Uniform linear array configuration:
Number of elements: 32
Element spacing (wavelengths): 1
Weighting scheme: blackman
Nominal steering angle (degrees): -30
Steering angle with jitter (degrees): -31.587
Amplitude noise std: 0.05
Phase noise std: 0.05

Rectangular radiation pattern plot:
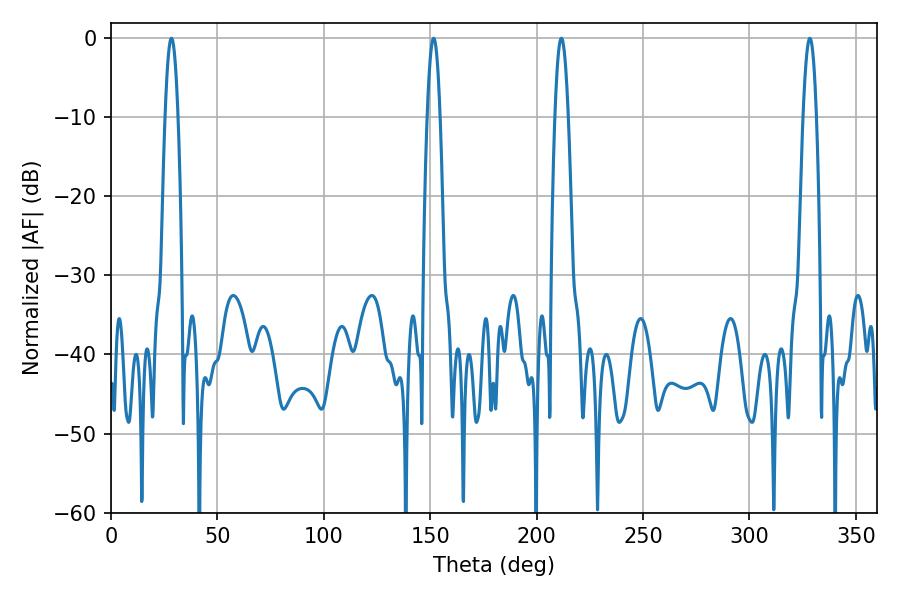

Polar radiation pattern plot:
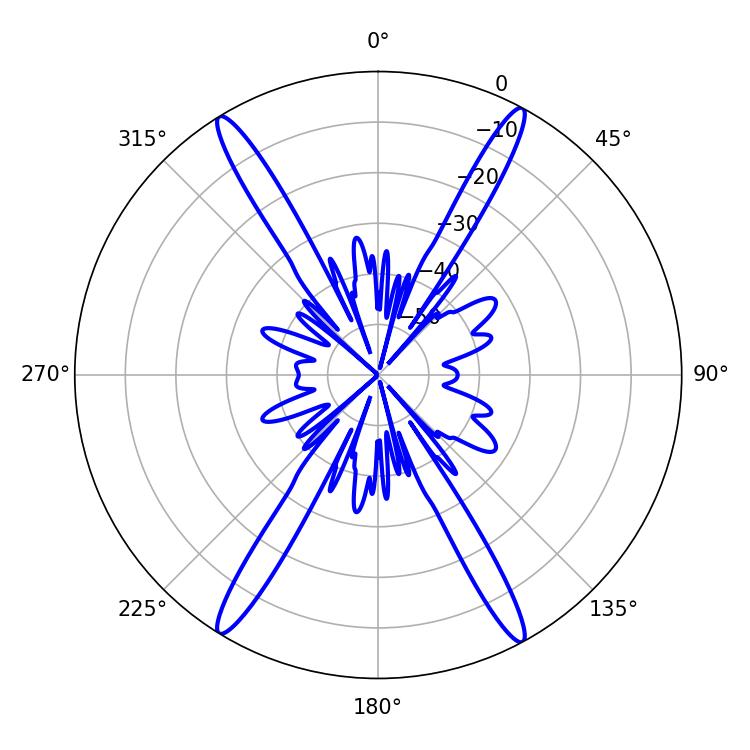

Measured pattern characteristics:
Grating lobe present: TRUE
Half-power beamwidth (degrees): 3.24
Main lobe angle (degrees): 151.56